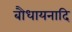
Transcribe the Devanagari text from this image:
बौधायनादि